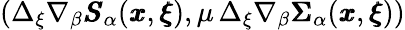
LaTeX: (\Delta_{\xi}\nabla_{\beta}{\pmb S}_{\alpha}({\pmb x},{\pmb\xi}),\mu\, \Delta_{\xi}\nabla_{\beta}{\pmb\Sigma}_{\alpha}({\pmb x},{\pmb\xi}))